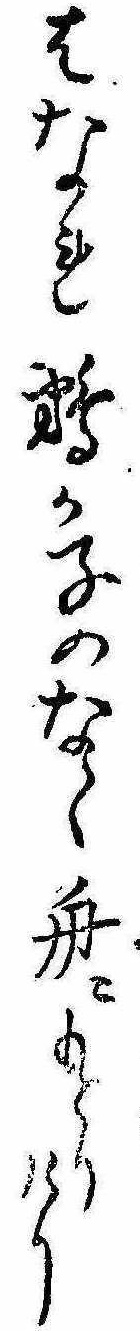
はなれ鵜か子のなく舟にもとりけり